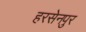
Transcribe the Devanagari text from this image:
हरसेनपुर